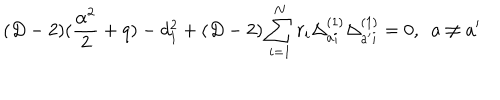
( D - 2 ) ( { \frac { \alpha ^ { 2 } } { 2 } } + q ) - d _ { 1 } ^ { 2 } + ( D - 2 ) \sum _ { i = 1 } ^ { N } r _ { i } \Delta _ { a i } ^ { ( 1 ) } \Delta _ { a ^ { \prime } i } ^ { ( 1 ) } = 0 , ~ ~ a \not = a ^ { \prime }